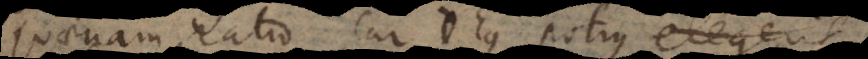
quaenam ratio cur Deus potius elegerit